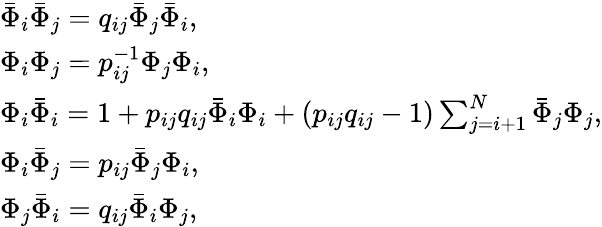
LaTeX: \begin{array}{l}{{\bar{\Phi}_{i}\bar{\Phi}_{j}=q_{ij}\bar{\Phi}_{j}\bar{\Phi}_{i},}}\\ {{\Phi_{i}\Phi_{j}=p_{ij}^{-1}\Phi_{j}\Phi_{i},}}\\ {{\Phi_{i}\bar{\Phi}_{i}=1+p_{ij}q_{ij}\bar{\Phi}_{i}\Phi_{i}+(p_{ij}q_{ij}-1)\sum_{j=i+1}^{N}\bar{\Phi}_{j}\Phi_{j},}}\\ {{\Phi_{i}\bar{\Phi}_{j}=p_{ij}\bar{\Phi}_{j}\Phi_{i},}}\\ {{\Phi_{j}\bar{\Phi}_{i}=q_{ij}\bar{\Phi}_{i}\Phi_{j},}}\end{array}